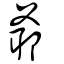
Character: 爺